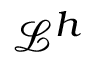
\mathcal { L } ^ { h }